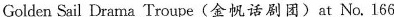
Golden Sail Drama Troupe(金帆话剧团)at No. 166